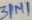
Text: 31µ1